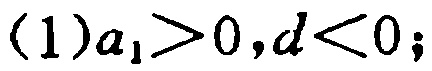
\((1)a_{1}>0,d<0;\)